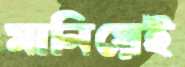
মানিয়েই